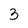
Character: 3